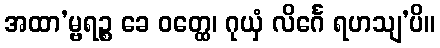
အထာ’မ္ဗရဉ္စ ခေ ဝတ္ထေ၊ ဂုယှံ လိင်္ဂေ ရဟသျ’ပိ။